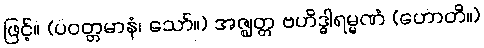
ဖြင့်။ (ပဝတ္တမာနံ၊ သော်။) အဇ္ဈတ္တ ဗဟိဒ္ဓါရမ္မဏံ (ဟောတိ။)